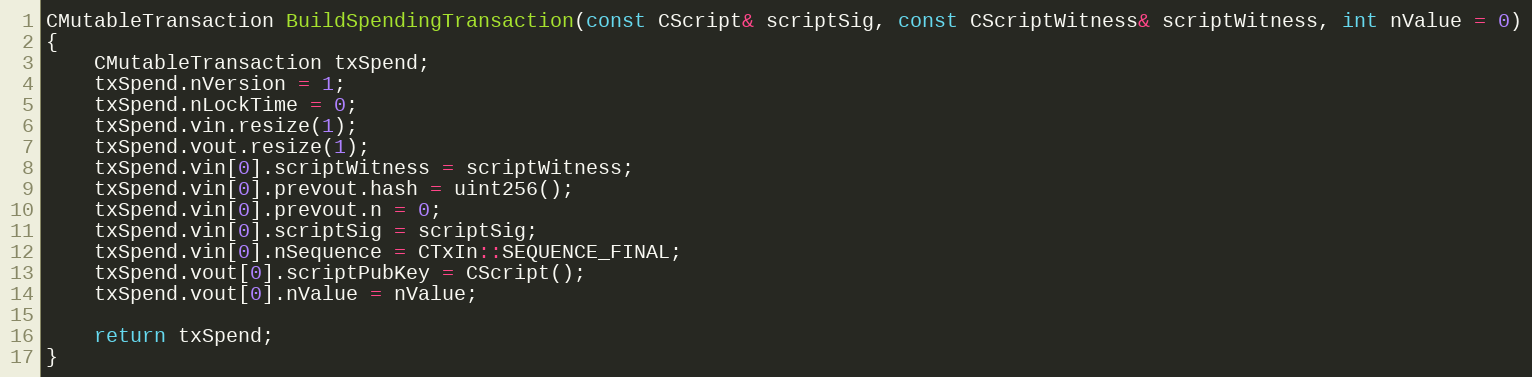
Language: C++
CMutableTransaction BuildSpendingTransaction(const CScript& scriptSig, const CScriptWitness& scriptWitness, int nValue = 0)
{
    CMutableTransaction txSpend;
    txSpend.nVersion = 1;
    txSpend.nLockTime = 0;
    txSpend.vin.resize(1);
    txSpend.vout.resize(1);
    txSpend.vin[0].scriptWitness = scriptWitness;
    txSpend.vin[0].prevout.hash = uint256();
    txSpend.vin[0].prevout.n = 0;
    txSpend.vin[0].scriptSig = scriptSig;
    txSpend.vin[0].nSequence = CTxIn::SEQUENCE_FINAL;
    txSpend.vout[0].scriptPubKey = CScript();
    txSpend.vout[0].nValue = nValue;

    return txSpend;
}